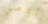
آدمي